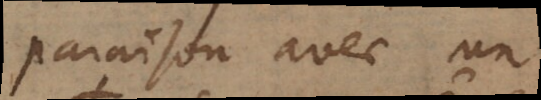
paraison avec un